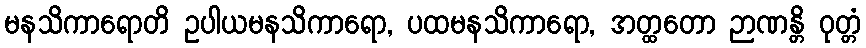
မနသိကာရောတိ ဥပါယမနသိကာရော, ပထမနသိကာရော, အတ္ထတော ဉာဏန္တိ ဝုတ္တံ